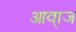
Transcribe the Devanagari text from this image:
आवा्ज